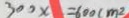
3 0 0 x = 6 0 0 ( m ^ { 2 }